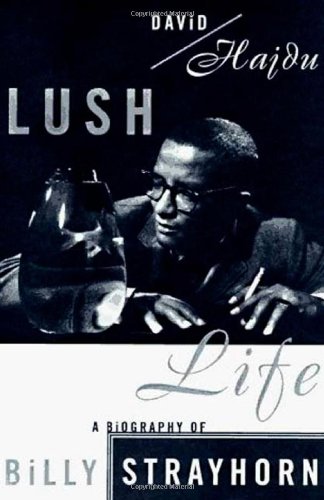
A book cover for Lush Life: A Biography of Billy Strayhorn; David Hajdu; Gay & Lesbian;